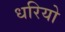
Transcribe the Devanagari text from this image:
धरियो